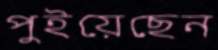
পুইয়েছেন